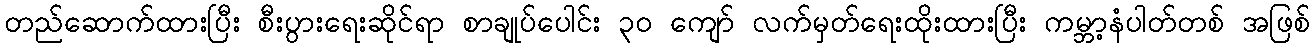
တည်ဆောက်ထားပြီး စီးပွားရေးဆိုင်ရာ စာချုပ်ပေါင်း ၃၀ ကျော် လက်မှတ်ရေးထိုးထားပြီး ကမ္ဘာ့နံပါတ်တစ် အဖြစ်